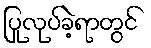
ပြုလုပ်ခဲ့ရာတွင်